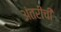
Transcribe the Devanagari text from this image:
अंतरीची